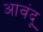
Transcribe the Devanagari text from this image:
आवंदू